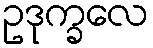
ဥဒုက္ခလေ